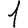
Digit: 1